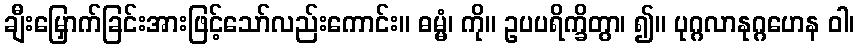
ချီးမြှောက်ခြင်းအားဖြင့်သော်လည်းကောင်း။ ဓမ္မံ၊ ကို။ ဥပပရိက္ခိတွာ၊ ၍။ ပုဂ္ဂလာနုဂ္ဂဟေန ဝါ၊